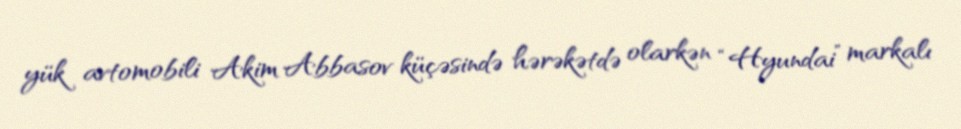
yük avtomobili Akim Abbasov küçəsində hərəkətdə olarkən “Hyundai” markalı